Vaccination United Provinces of Agra and Oudh 1902-1913 - 1902-1913
Year: 1902
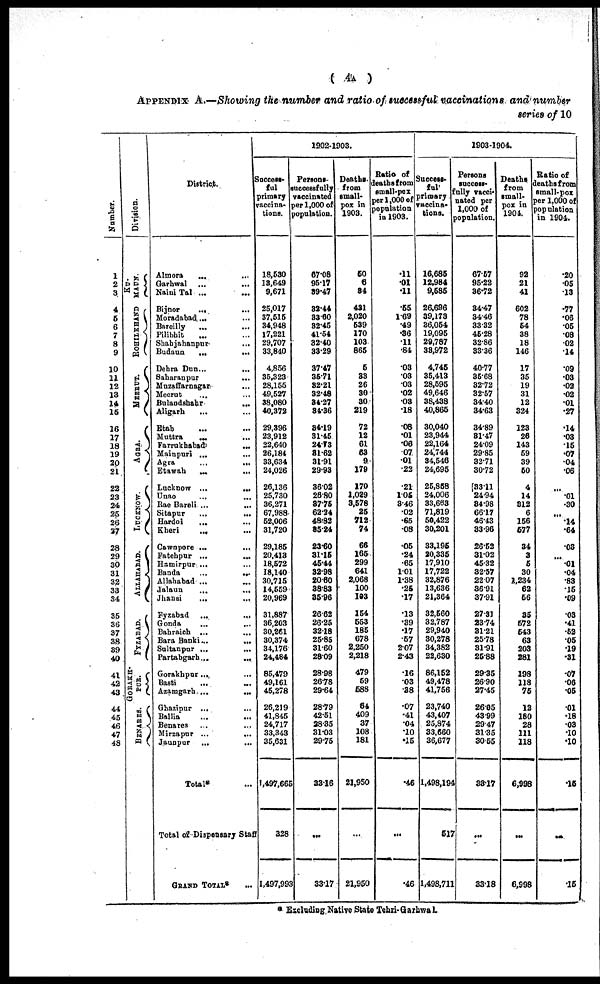
( 4A )
APPENDIX A.—Showing the number and ratio of successful vaccinations and number
series of 10
Number.
1
2
3
4
5
6
7
8
9
10
11
12
13
14
15
16
17
18
19
20
21
22
23
24
25
26
27
28
29
30
31
32
33
34
35
36
37
38
39
40
41
42
43
44
45
46
47
48
Division.
KU¬
MAUN.
ROHILKHAND
MEERUT.
AGRA.
LUCKNOW.
ALLAHABAD.
FYZABAD.
GORAKH¬
PUR.
BENARES.
District.
Almora ... ...
Garhwal ...
...
Naini Tal ... ...
Bijnor
... ...
Moradabad ... ...
Bareilly
...
...
Pilibhit ... ...
Shahjahanpur ... ...
Budaun
...
...
Dehra Dun ...
...
Saharanpur
... ...
Muzaffarnagar
... ...
Meerut ... ...
Bulandshahr
... ...
Aligarh
... ...
Etah ... ...
Muttra
...
...
Farrukhabad
... ...
Mainpuri ... ...
Agra ... ...
Etawah
...
...
Lucknow ...
...
Unao ... ...
Rae Bareli ... ...
Sitapur
...
...
Hardoi ... ...
Kheri
... ...
Cawnpore ...
...
Fatehpur ...
...
Hamirpur ... ...
Banda
...
...
Allahabad ...
...
Jalaun
...
...
Jhansi
...
...
Fyzabad ...
...
Gonda ... ...
Bahraich ... ...
Bara Banki ...
...
Sultanpur ...
...
Partabgarh ...
...
Gorakhpur ... ...
Basti
...
...
Azamgarh ...
...
Ghazipur ... ...
Ballia ... ...
Benares ... ...
Mirzapur ...
...
Jaunpur ... ...
Total ...
Total of Dispensary Staff
GRAND TOTAL*
...
1902-1903.
Success¬
ful
primary
vaccina-
tions.
18,530
13,649
9,671
25,017
37,515
34,948
17,221
29,707
33,840
4,856
35,323
28,155
49,527
38,080
40,372
29,396
23,912
22,640
26,184
33,634
24,026
26,136
25,730
36,271
67,988
52,006
31,720
29,185
20,413
18,572
18,140
30,715
14,559
20,969
31,887
36,203
30,261
30,374
34,176
24,484
85,479
49,161
45,278
26,219
41,845
24,717
33,343
35,631
1,497,665
328
1,497,993
Persons¬
successfully
vaccinated
per 1,000 of
population.
67.08
95.17
39.47
32.44
33.60
32.45
41.54
32.40
33.29
37.47
35.71
32.21
32.48
34.27
34.36
34.19
31.45
24.73
31.62
31.91
29.93
36.02
26.80
37.75
62.24
48.82
35.24
23.60
31.15
45.44
32.98
20.60
38.83
35.96
26.62
26.25
32.18
25.85
31.60
28.09
28.98
26.78
29.64
28.79
42.51
38.35
31.03
29.75
33.16
...
33.17
Deaths
from
small-
pox in
1903.
50
6
34
431
2,020
539
170
103
865
5
33
26
30
30
219
72
12
61
63
9
179
170
1,029
3,578
25
712
74
66
165
299
641
2,068
100
103
154
553
185
678
2,250
2,218
479
59
588
64
409
37
108
181
21,950
...
21,950
Ratio of
deaths from
small-pox
per 1,000 of
population
in 1903.
.11
.01
.11
.55
1.69
.49
.36
.11
.84
.03
.03
.03
.02
.03
.18
.08
.01
.06
.07
.01
.22
.21
1.05
3.46
.02
.65
.08
.05
.24
.65
1.01
1.38
.25
.17
.13
.39
.17
.57
2.07
2.43
.16
.03
.38
.07
.41
.04
.10
.15
.46
...
.46
1903-1904.
Success-
ful
primary
vaccina¬
tions.
16,685
12,984
9,585
26,696
39,173
36,054
19,095
29,787
33,972
4,745
35,413
28,595
49,646
38,438
40,865
30,040
23,944
22,164
24,744
34,546
24,695
25,858
24,006
33,663
71,819
50,422
30,201
33,195
20,335
17,910
17,722
32,876
13,636
21,364
32,560
32,787
29,940
30,278
34,382
22,630
86,152
49,478
41,756
23,740
43,407
25,874
33,660
36,677
1,498,194
517
1,498,711
Persons
success¬
fully vacci¬
nated per
1,000 of
population.
67.57
95.22
36.72
34.47
34.46
33.32
45.28
32.86
33.36
40.77
35.68
32.72
32.57
34.40
34.63
34.89
31.47
24.09
29.85
32.71
30.72
33.11
24.94
34.98
66.17
46.43
33.96
26.52
31.02
45.32
32.57
22.07
36.91
37.91
27.31
23.74
31.21
25.78
31.91
25.88
29.35
26.90
27.45
26.05
43.99
29.47
31.35
30.55
33.17
...
33.18
Deaths
from
small-
pox in
1904.
92
21
41
602
78
54
38
18
146
17
35
19
31
12
324
123
26
143
59
39
50
4
14
312
6
156
577
34
3
5
30
1,234
62
56
35
572
543
63
203
281
198
118
75
12
180
28
111
118
6,998
...
6,998
Ratio of
deaths from
small-pox
per 1,000 of
population
in 1904.
.20
.05
.13
.77
.06
.05
.08
.02
.14
.09
.03
.02
.02
.01
.27
.14
.03
.15
.07
.04
.06
...
.01
.30
...
.14
.64
.03
...
.01
.04
.83
.15
.09
.03
.41
.62
.05
.19
.31
.07
.06
.05
.01
.18
.03
.10
.10
.15
...
.15
* Excluding Native State Tehri-Garhwal.